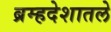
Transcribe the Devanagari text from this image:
ब्रम्हदेशातले